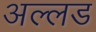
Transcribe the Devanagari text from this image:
अल्लड